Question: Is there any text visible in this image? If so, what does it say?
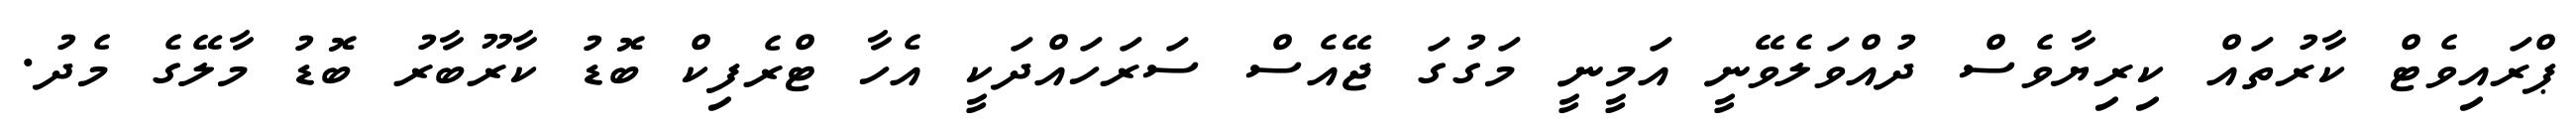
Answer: ޕްރައިވެޓް ކާރުތައް ކިރިޔާވެސް ދުއްވަލެވޭނީ އަމީނީ މަގުގަ ޖޭއެސް ސަރަހައްދަކީ އެހާ ޓްރެފިކް ބޮޑު ކާރޫބާރު ބޮޑު މާލޭގެ މެދު.